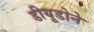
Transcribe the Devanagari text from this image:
डीयूडोने